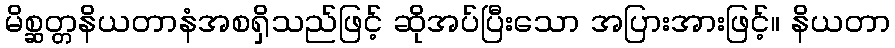
မိစ္ဆတ္တနိယတာနံအစရှိသည်ဖြင့် ဆိုအပ်ပြီးသော အပြားအားဖြင့်။ နိယတာ